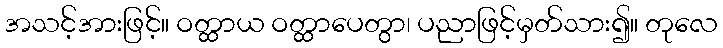
အသင့်အားဖြင့်။ ဝတ္ထာယ ဝတ္ထာပေတွာ၊ ပညာဖြင့်မှတ်သား၍။ တုလေ